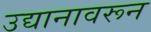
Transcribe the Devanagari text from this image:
उद्यानावरून